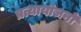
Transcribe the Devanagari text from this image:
प्रत्यायोजनों